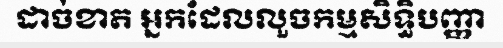
ដាច់ខាត អ្នកដែលលួចកម្មសិទ្ធិបញ្ញា